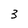
Character: 3